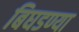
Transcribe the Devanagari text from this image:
बिघडण्या